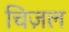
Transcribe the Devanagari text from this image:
चिज़ल